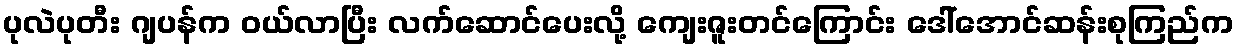
ပုလဲပုတီး ဂျပန်က ဝယ်လာပြီး လက်ဆောင်ပေးလို့ ကျေးဇူးတင်ကြောင်း ဒေါ်အောင်ဆန်းစုကြည်က